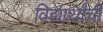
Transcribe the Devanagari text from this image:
विद्यार्थांची